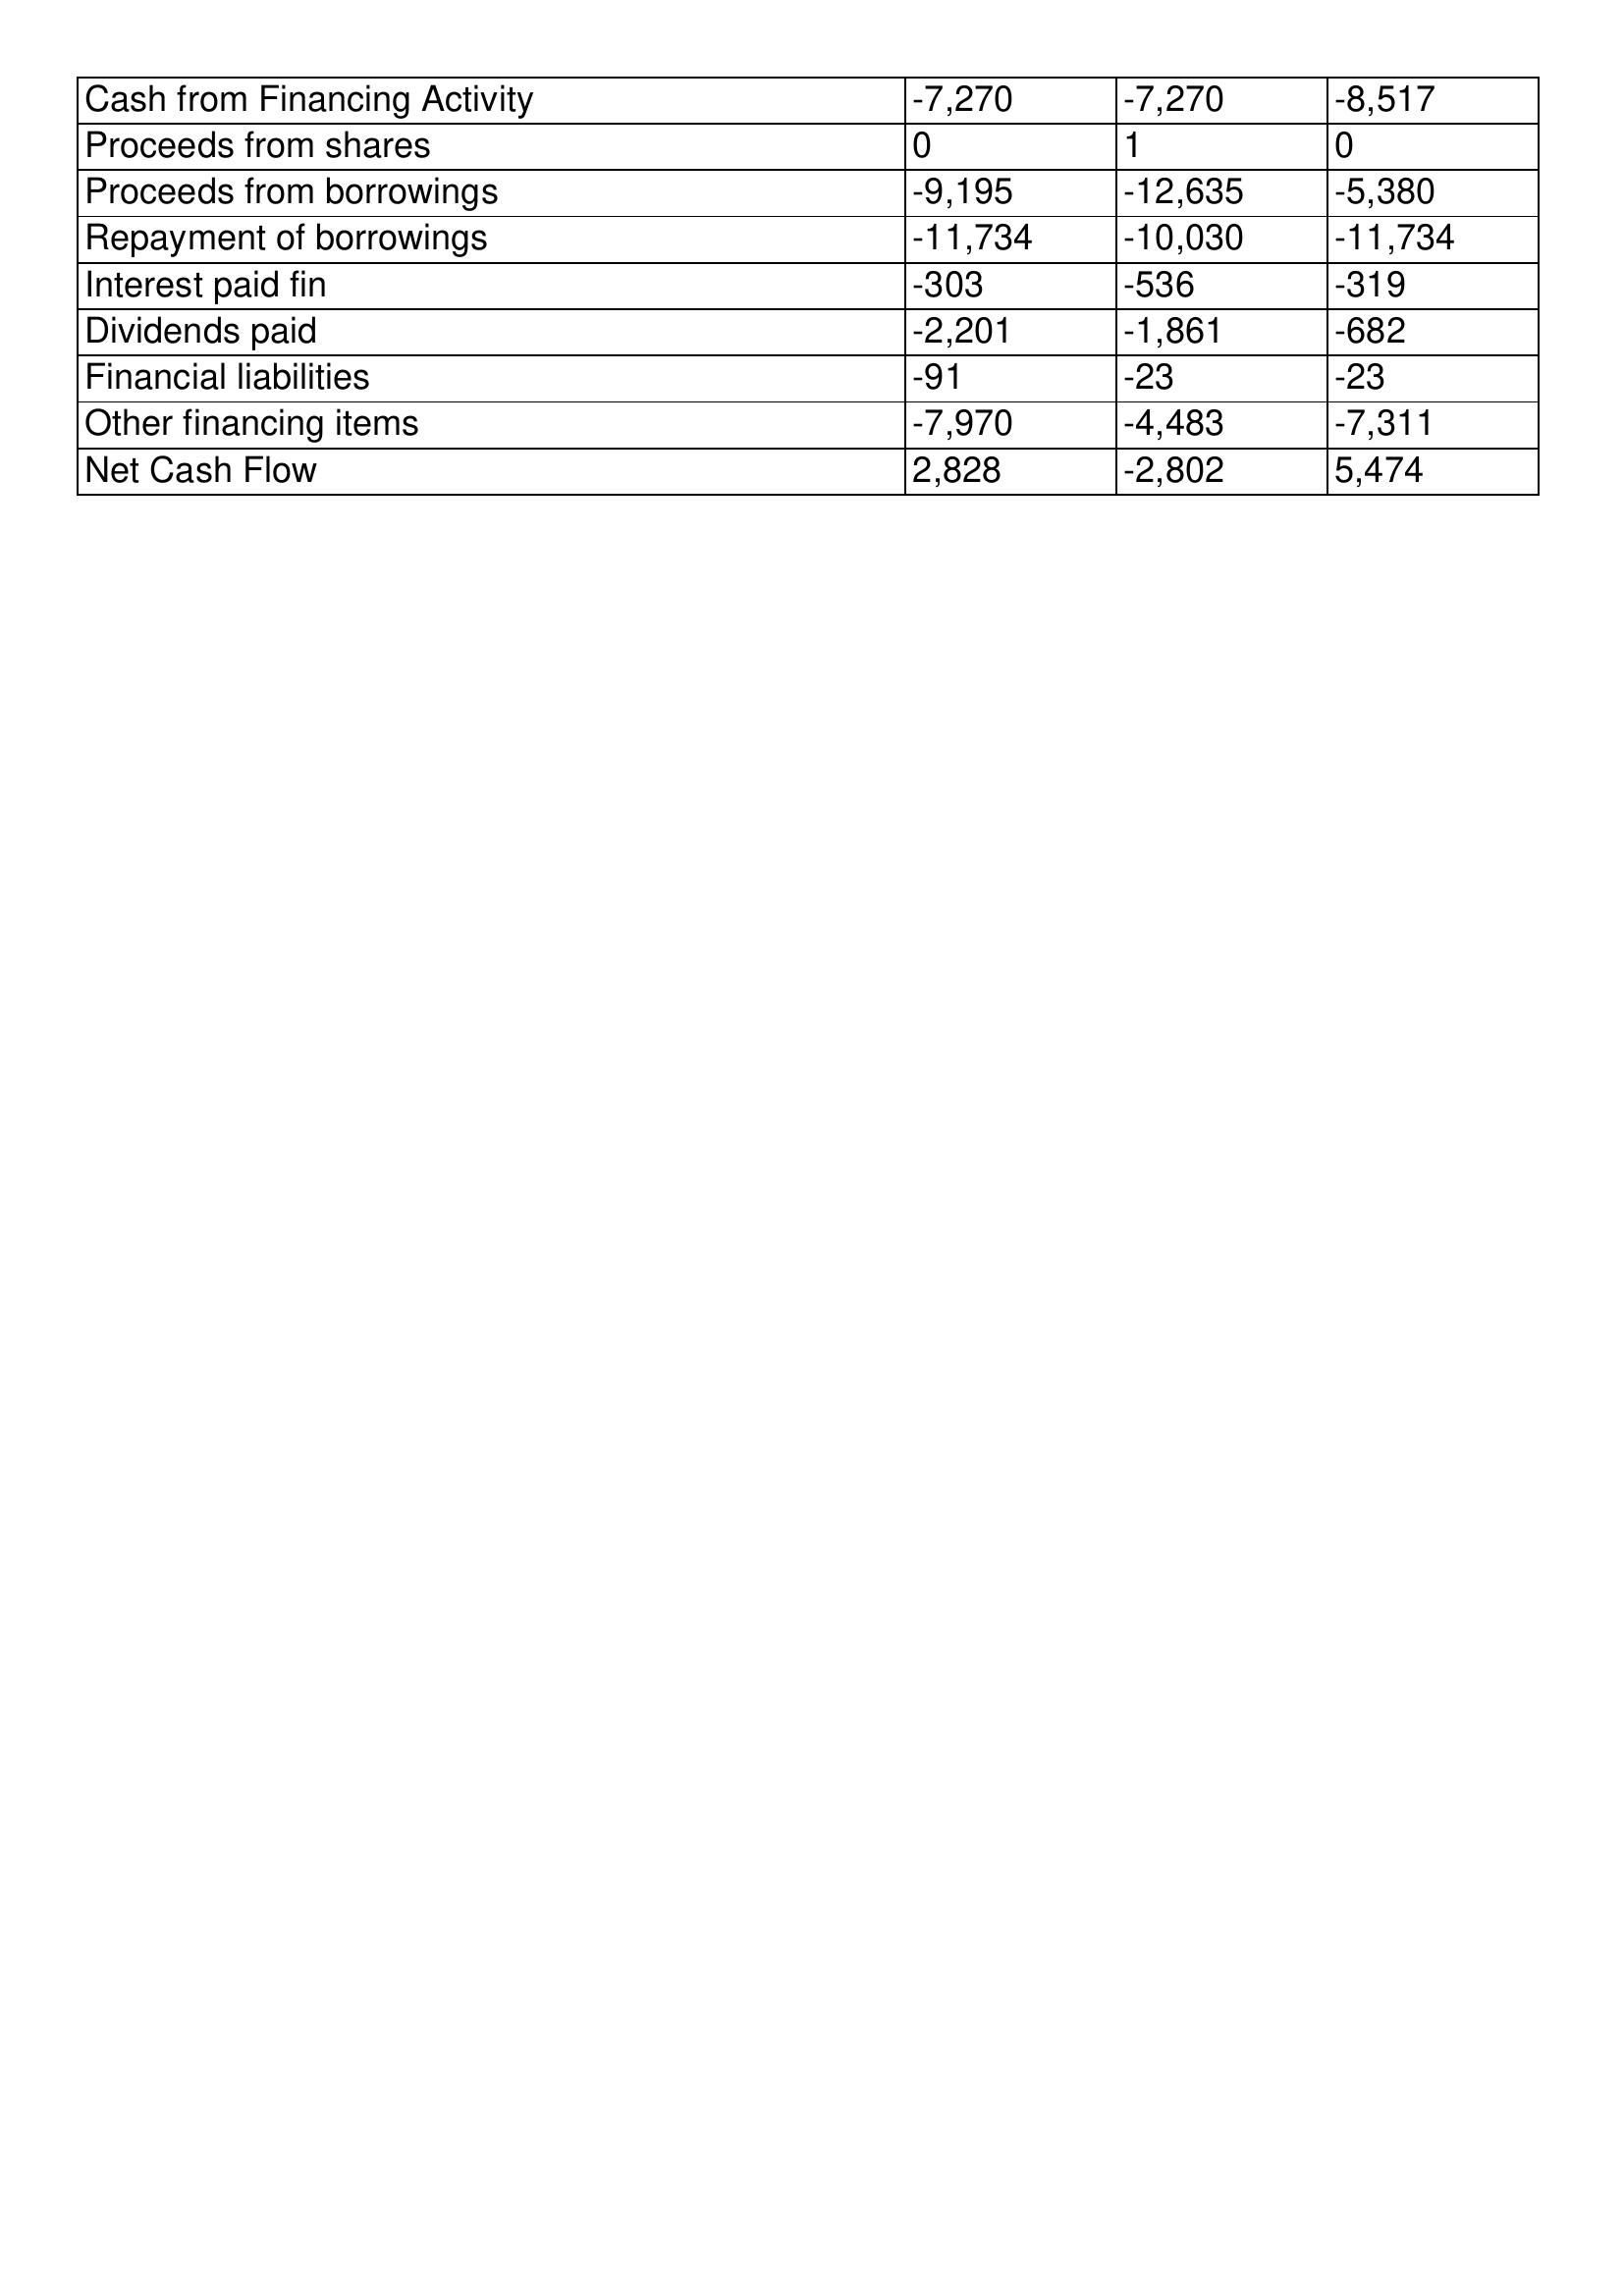
gt_parse: 1996: Cash Flows: Cash from Financing Activity: -7,270
Proceeds from shares: 0
Proceeds from borrowings: -9,195
Repayment of borrowings: -11,734
Interest paid fin: -303
Dividends paid: -2,201
Financial liabilities: -91
Other financing items: -7,970
Net Cash Flow: 2,828
1995: Cash Flows: Cash from Financing Activity: -7,270
Proceeds from shares: 1
Proceeds from borrowings: -12,635
Repayment of borrowings: -10,030
Interest paid fin: -536
Dividends paid: -1,861
Financial liabilities: -23
Other financing items: -4,483
Net Cash Flow: -2,802
1994: Cash Flows: Cash from Financing Activity: -8,517
Proceeds from shares: 0
Proceeds from borrowings: -5,380
Repayment of borrowings: -11,734
Interest paid fin: -319
Dividends paid: -682
Financial liabilities: -23
Other financing items: -7,311
Net Cash Flow: 5,474